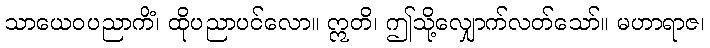
သာယေဝပညာကိံ၊ ထိုပညာပင်လော။ ဣတိ၊ ဤသို့လျှောက်လတ်သော်။ မဟာရာဇ၊